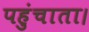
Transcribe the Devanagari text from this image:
पहुंचाता।